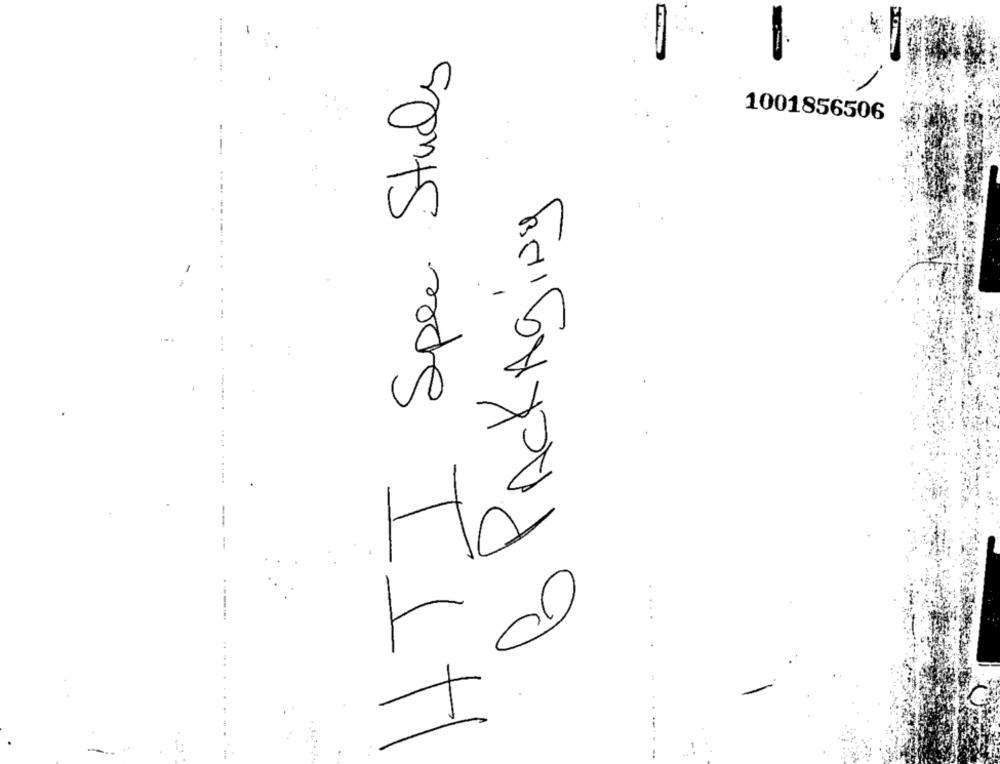
HTI Spee Study
1001856506
6 PACKAging
..... ......
....
1: